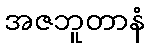
အဇဘူတာနံ